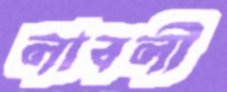
লাবলী